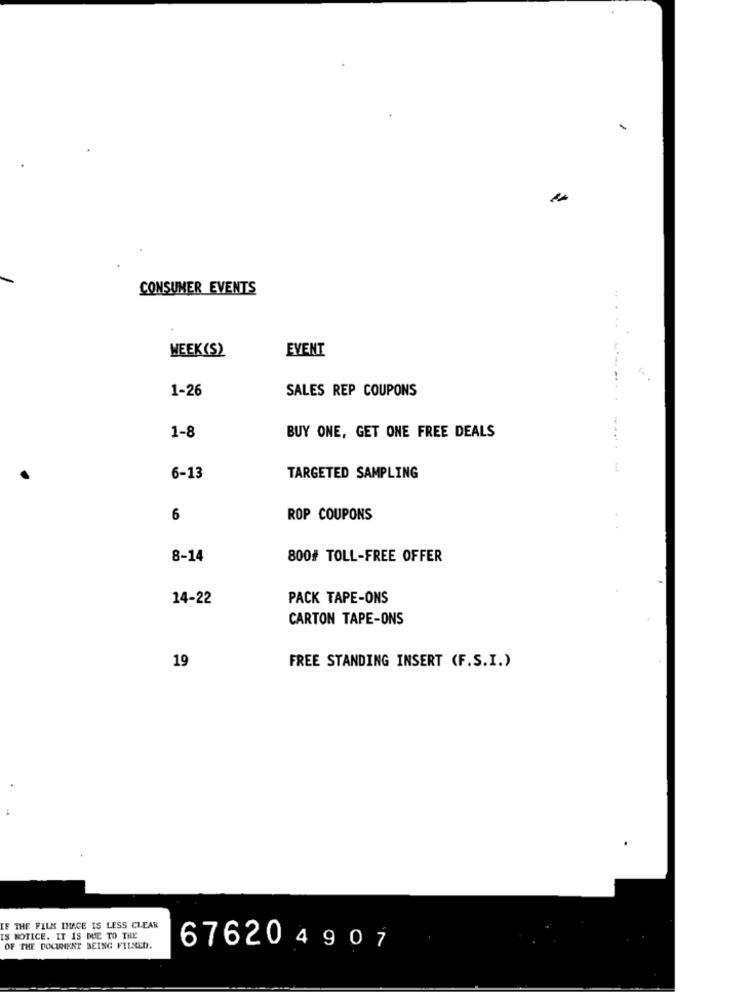
CONSUMER EVENTS
.....
WEEK(S)
EVENT
1-26
SALES REP COUPONS
1-8
BUY ONE, GET ONE FREE DEALS
-- --------
6-13
TARGETED SAMPLING
6
ROP COUPONS
8-14
800# TOLL-FREE OFFER
14-22
PACK TAPE-ONS
CARTON TAPE-ONS
19
FREE STANDING INSERT (F.S.I.)
F THE FILM IMAGE IS LESS CLEAR
IS NOTICE. IT IS DUE TO THE
OF THE DOCUMENT BEING FILLED.
676204907